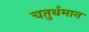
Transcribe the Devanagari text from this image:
चतुर्थमान